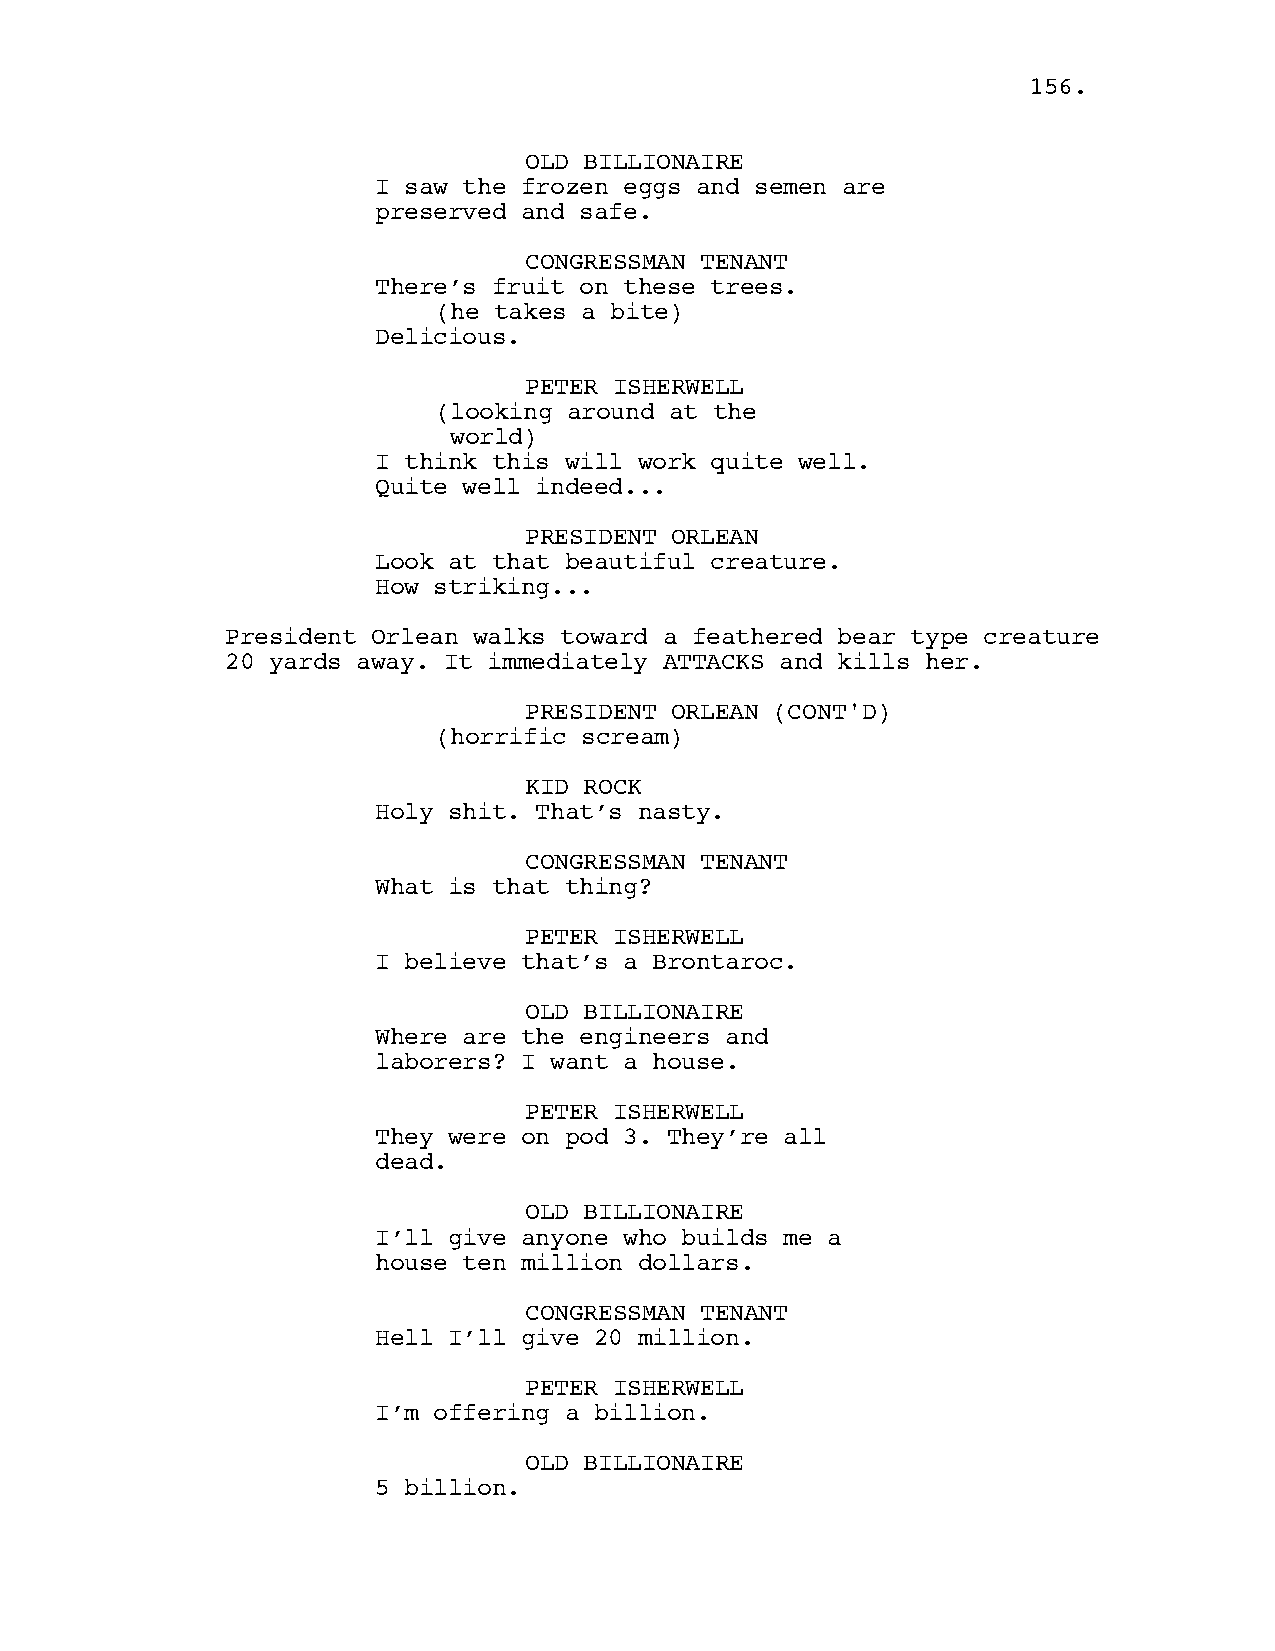
115566..
 OLD BILLIONAIRE
 I saw the frozen eggs and semen are
 preserved and safe.
 CONGRESSMAN TENANT
 There’s fruit on these trees.
 (he takes a bite)
 Delicious.
 PETER ISHERWELL
 (looking around at the
 world)
 I think this will work quite well.
 Quite well indeed...
 PRESIDENT ORLEAN
 Look at that beautiful creature.
 How striking...
 President Orlean walks toward a feathered bear type creature
 20 yards away. It immediately ATTACKS and kills her.
 PRESIDENT ORLEAN (CONT'D)
 (horrific scream)
 KID ROCK
 Holy shit. That’s nasty.
 CONGRESSMAN TENANT
 What is that thing?
 PETER ISHERWELL
 I believe that’s a Brontaroc.
 OLD BILLIONAIRE
 Where are the engineers and
 laborers? I want a house.
 PETER ISHERWELL
 They were on pod 3. They’re all
 dead.
 OLD BILLIONAIRE
 I’ll give anyone who builds me a
 house ten million dollars.
 CONGRESSMAN TENANT
 Hell I’ll give 20 million.
 PETER ISHERWELL
 I’m offering a billion.
 OLD BILLIONAIRE
 5 billion.